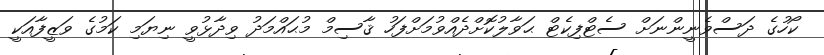
ކޯހުގެ ދަސްވެނީންނަށް ސެޓްފިކެޓް ޙަވާލުކޮށްދެއްވުމަށްފަހު ޤާސިމް މުޙައްމަދު ވިދާޅުވީ ނިޔަމި ކަމުގެ ވަޒީފާއަކީ